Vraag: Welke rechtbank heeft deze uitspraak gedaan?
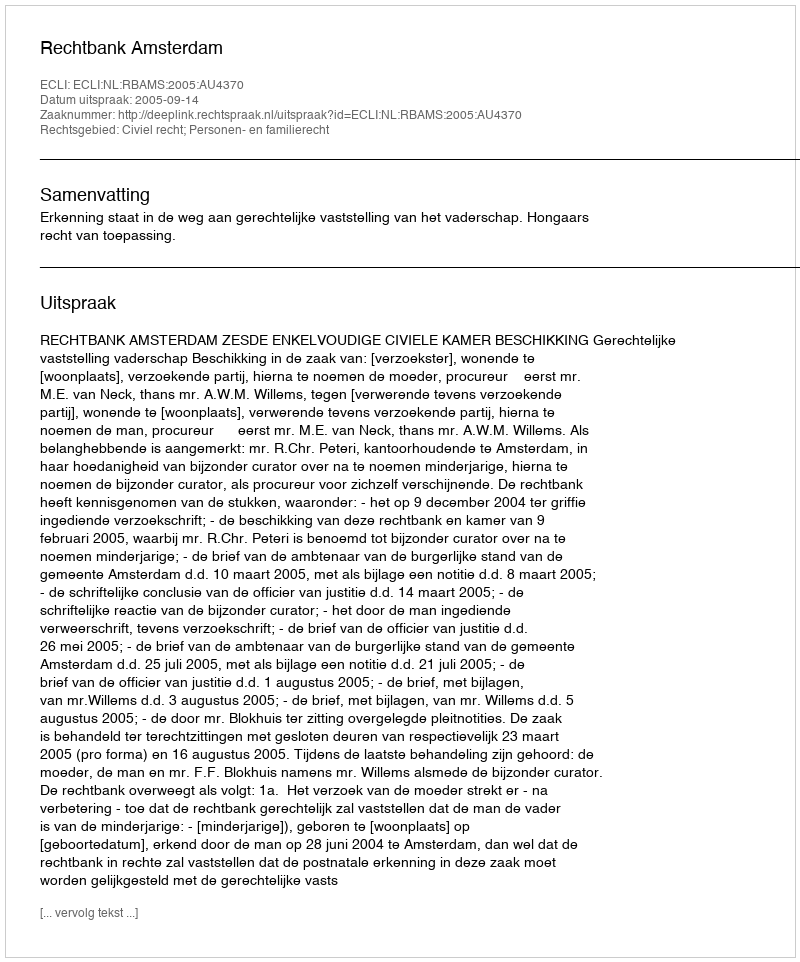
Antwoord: Rechtbank Amsterdam